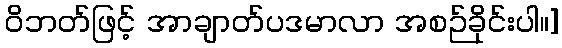
ဝိဘတ်ဖြင့် အာချာတ်ပဒမာလာ အစဉ်ခိုင်းပါ။]